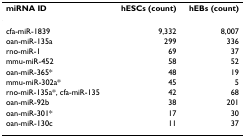
<table><thead><tr><td><b>miRNA ID</b></td><td><b>hESCs (count)</b></td><td><b>hEBs (count)</b></td></tr></thead><tbody><tr><td>cfa-miR-1839</td><td>9,332</td><td>8,007</td></tr><tr><td>oan-miR-135a</td><td>299</td><td>336</td></tr><tr><td>rno-miR-1</td><td>69</td><td>37</td></tr><tr><td>mmu-miR-452</td><td>58</td><td>52</td></tr><tr><td>oan-miR-365*</td><td>48</td><td>19</td></tr><tr><td>mmu-miR-302a*</td><td>45</td><td>5</td></tr><tr><td>rno-miR-135a*, cfa-miR-135</td><td>42</td><td>68</td></tr><tr><td>oan-miR-92b</td><td>38</td><td>201</td></tr><tr><td>oan-miR-301*</td><td>17</td><td>30</td></tr><tr><td>oan-miR-130c</td><td>11</td><td>37</td></tr></tbody></table>